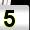
Digit: 5